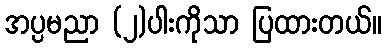
အပ္ပမညာ (၂)ပါးကိုသာ ပြထားတယ်။